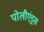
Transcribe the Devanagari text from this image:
पोलीएंड्रस